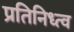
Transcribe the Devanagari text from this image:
प्रतिनिध्त्व